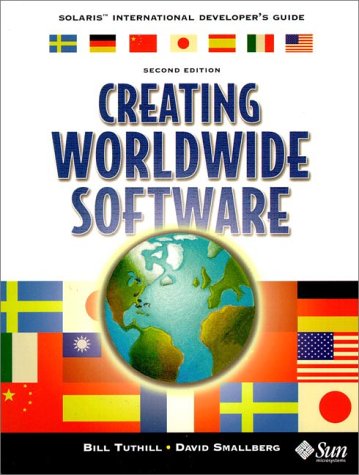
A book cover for Creating Worldwide Software: Solaris International Developer's Guide (2nd Edition); Bill Tuthill; Computers & Technology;